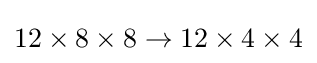
12\times 8\times 8\to 12\times 4\times 4